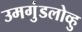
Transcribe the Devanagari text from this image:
उमगुंडलोव्हु